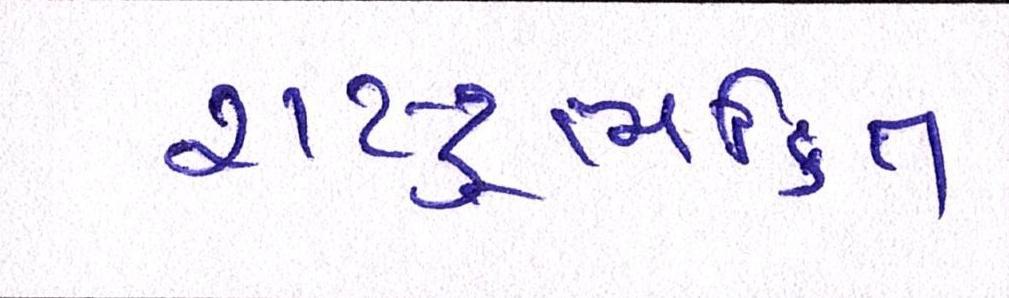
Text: રાષ્ટ્રભક્તિ